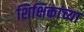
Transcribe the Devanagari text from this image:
शिक्षिकांच्या